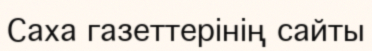
Саха газеттерінің сайты